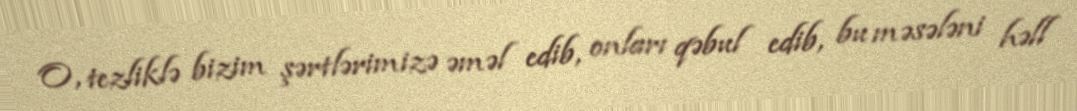
O, tezliklə bizim şərtlərimizə əməl edib, onları qəbul edib, bu məsələni həll